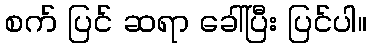
စက် ပြင် ဆရာ ခေါ်ပြီး ပြင်ပါ။